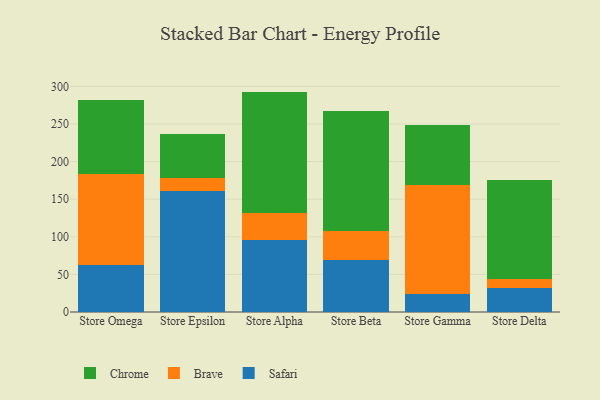
{"axis": {"x": "Store", "y": "Active Users"}, "legend": ["Brave", "Chrome", "Safari"], "data": [{"x": "Store Omega", "y": 62.0, "type": "Safari"}, {"x": "Store Omega", "y": 121.5, "type": "Brave"}, {"x": "Store Omega", "y": 97.7, "type": "Chrome"}, {"x": "Store Epsilon", "y": 161.4, "type": "Safari"}, {"x": "Store Epsilon", "y": 16.4, "type": "Brave"}, {"x": "Store Epsilon", "y": 59.0, "type": "Chrome"}, {"x": "Store Alpha", "y": 96.1, "type": "Safari"}, {"x": "Store Alpha", "y": 36.1, "type": "Brave"}, {"x": "Store Alpha", "y": 160.8, "type": "Chrome"}, {"x": "Store Beta", "y": 69.0, "type": "Safari"}, {"x": "Store Beta", "y": 38.1, "type": "Brave"}, {"x": "Store Beta", "y": 160.5, "type": "Chrome"}, {"x": "Store Gamma", "y": 24.0, "type": "Safari"}, {"x": "Store Gamma", "y": 145.1, "type": "Brave"}, {"x": "Store Gamma", "y": 79.6, "type": "Chrome"}, {"x": "Store Delta", "y": 32.2, "type": "Safari"}, {"x": "Store Delta", "y": 11.8, "type": "Brave"}, {"x": "Store Delta", "y": 132.0, "type": "Chrome"}]}